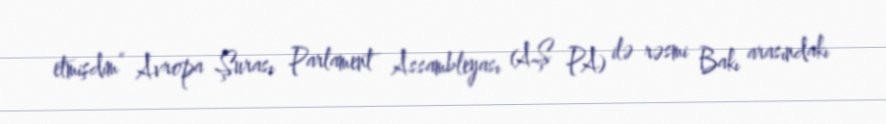
etmişdim” Avropa Şurası Parlament Assambleyası (AŞ PA) ilə rəsmi Bakı arasındakı